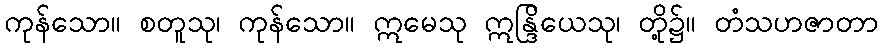
ကုန်သော။ စတူသု၊ ကုန်သော။ ဣမေသု ဣန္ဒြိယေသု၊ တို့၌။ တံသဟဇာတာ